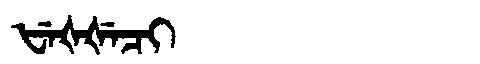
Manchu: ᡶᡝᡧᡧᡝᠴᡳ
Romanization: FEŠŠECI